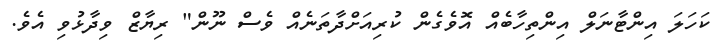
ކަހަލަ އިންޓާނަލް އިންތިހާބެއް އޮވެގެން ކުރިއަށްދާތަނެއް ވެސް ނޫން" ރިޔާޒް ވިދާޅުވި އެވެ.